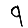
Digit: 9